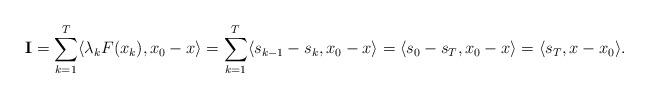
LaTeX: \begin{align*}\textbf{I} = \sum_{k=1}^T \langle \lambda_k F(x_k), x_0 - x\rangle = \sum_{k=1}^T \langle s_{k-1} - s_k, x_0 - x\rangle = \langle s_0 - s_T, x_0 - x\rangle = \langle s_T, x - x_0\rangle.\end{align*}